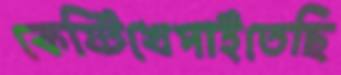
কেষ্টিখেপাইতেছি